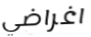
اغراضي